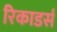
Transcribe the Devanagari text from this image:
रिकाडर्स